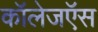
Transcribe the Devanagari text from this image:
कॉलेजऍस